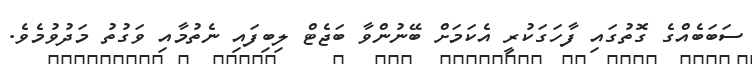
ސަބަބެއްގެ ގޮތުގައި ފާހަގަކުރީ އެކަމަށް ބޭނުންވާ ބަޖެޓް ލިބިފައި ނެތުމާއި ވަގުތު މަދުވުމެވެ.